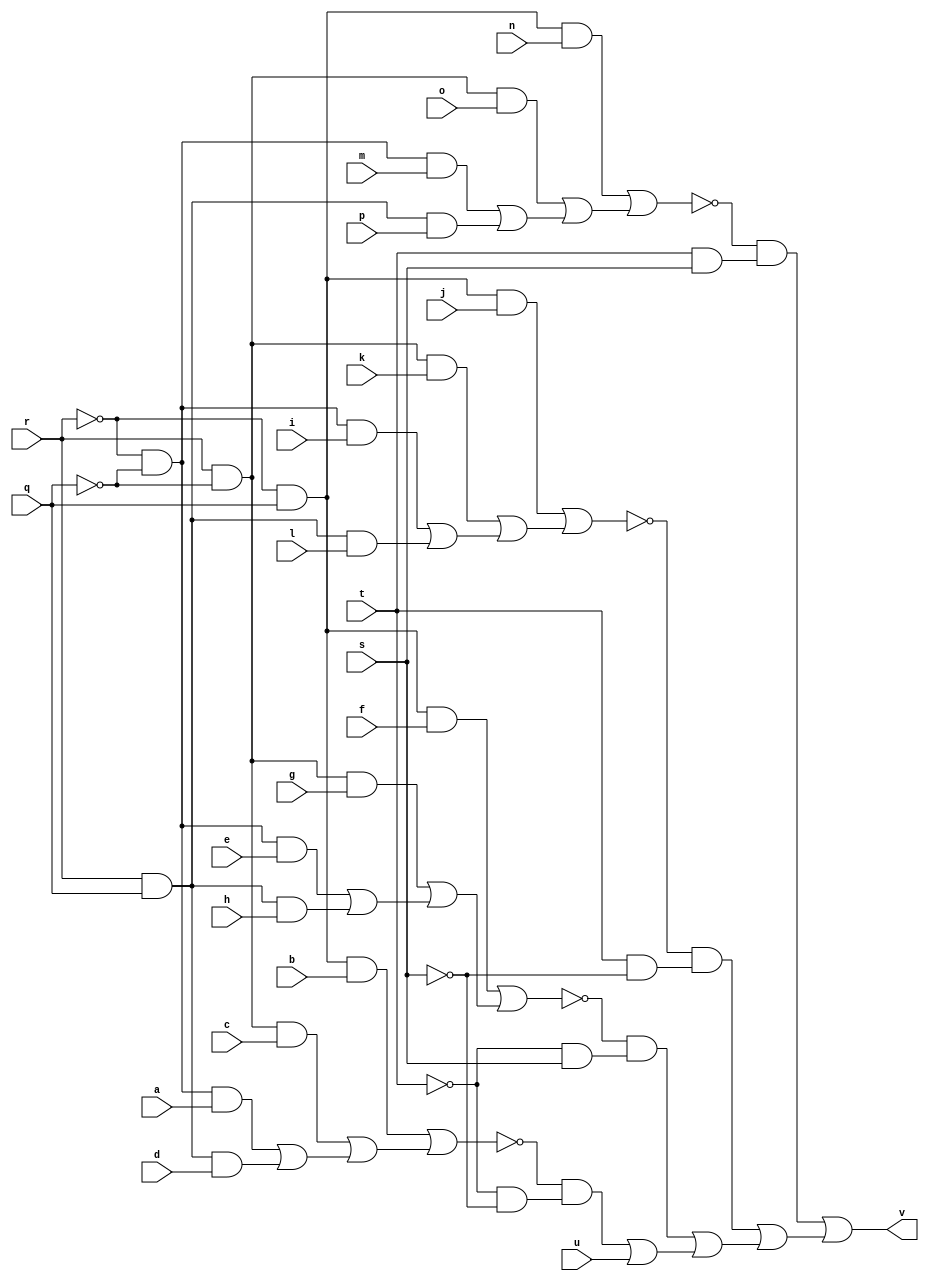
// IWLS benchmark module "CM150" printed on Wed May 29 16:31:28 2002
module CM150(a, b, c, d, e, f, g, h, i, j, k, l, m, n, o, p, q, r, s, t, u, v);
input
  a,
  b,
  c,
  d,
  e,
  f,
  g,
  h,
  i,
  j,
  k,
  l,
  m,
  n,
  o,
  p,
  q,
  r,
  s,
  t,
  u;
output
  v;
wire
  e0,
  f0,
  \[0] ,
  \[1] ,
  \[2] ,
  \[3] ,
  \[4] ,
  m0,
  n0;
assign
  e0 = (\[4]  & b) | ((\[3]  & c) | ((\[2]  & a) | (\[1]  & d))),
  f0 = (\[4]  & f) | ((\[3]  & g) | ((\[2]  & e) | (\[1]  & h))),
  \[0]  = (~n0 & (t & s)) | ((~m0 & (t & ~s)) | ((~f0 & (~t & s)) | ((~e0 & (~t & ~s)) | u))),
  \[1]  = r & q,
  \[2]  = ~r & ~q,
  v = \[0] ,
  \[3]  = r & ~q,
  \[4]  = ~r & q,
  m0 = (\[4]  & j) | ((\[3]  & k) | ((\[2]  & i) | (\[1]  & l))),
  n0 = (\[4]  & n) | ((\[3]  & o) | ((\[2]  & m) | (\[1]  & p)));
endmodule